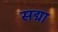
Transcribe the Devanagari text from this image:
सद्मा